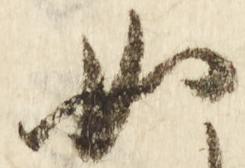
如